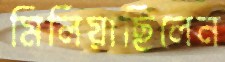
মিলিয়াছিলেন